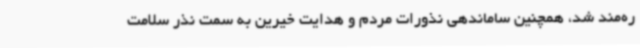
ره‌مند شد، همچنین ساماندهی نذورات مردم و هدایت خیرین به سمت نذر سلامت